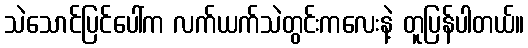
သဲသောင်ပြင်ပေါ်က လက်ယက်သဲတွင်းကလေးနဲ့ တူပြန်ပါတယ်။